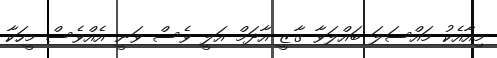
މިއާއެކު މައްސަލަ ބައްލަވާ ގާޒީ އާދަމް އަލީ ވެސް ވަނީ އެއްވެސް މީހަކާ